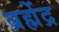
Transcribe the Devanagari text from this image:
ब्रह्मेंद्र